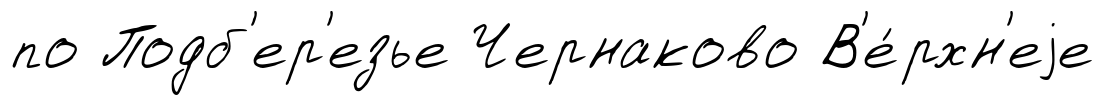
по Подб'ер'езье Чернаково В'е́рхн'еjе